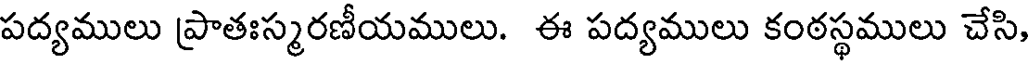
పద్యములు ప్రాతఃస్మరణీయములు. ఈ పద్యములు కంఠస్థములు చేసి,